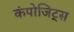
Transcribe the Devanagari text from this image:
कंपोजिट्स